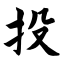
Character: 投